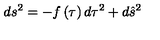
d s ^ { 2 } = - f \left( \tau \right) d \tau ^ { 2 } + d \hat { s } ^ { 2 }